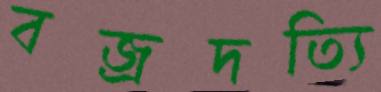
বজ্রদত্যি